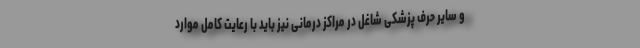
و سایر حرف پزشکی شاغل در مراکز درمانی نیز باید با رعایت کامل موارد